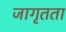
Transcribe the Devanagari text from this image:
जागृतता